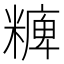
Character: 𥼊